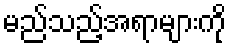
မည်သည့်အရာများကို